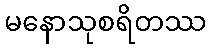
မနောသုစရိတဿ